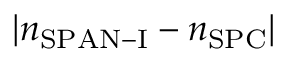
| n _ { \mathrm { S P A N - I } } - n _ { \mathrm { S P C } } |